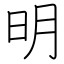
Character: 明